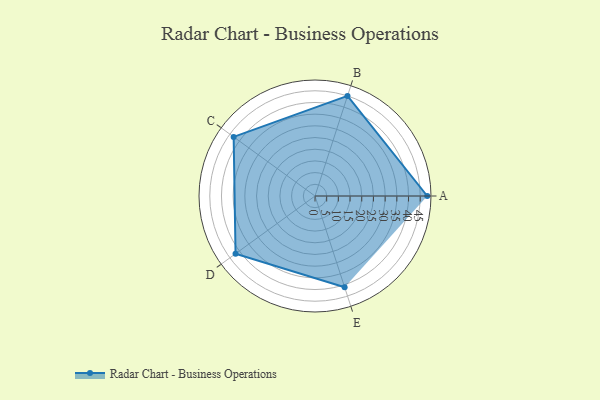
{"axis": {"x": "Skill", "y": "Score"}, "legend": ["Profile"], "data": [{"x": "A", "y": 48.0, "type": "Profile"}, {"x": "B", "y": 45.0, "type": "Profile"}, {"x": "C", "y": 43.0, "type": "Profile"}, {"x": "D", "y": 42.0, "type": "Profile"}, {"x": "E", "y": 41.0, "type": "Profile"}]}